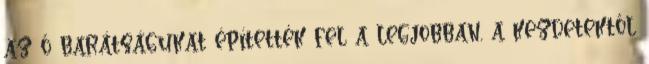
az ő barátságukat építették fel a legjobban, a kezdetektől